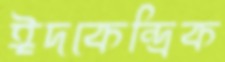
ঈদকেন্দ্রিক